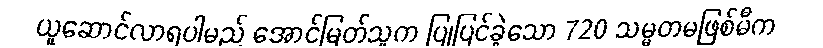
ယူဆောင်လာရပါမည် အောင်မြတ်သူက ပြုပြင်ခဲ့သော 720 သမ္မတမဖြစ်မီက